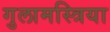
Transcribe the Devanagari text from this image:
गुलामस्त्रिया